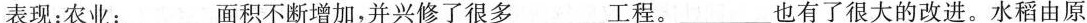
表现：农业：___面积不断增加，并兴修了很多___工程。___也有了很大的改进。水稻由原